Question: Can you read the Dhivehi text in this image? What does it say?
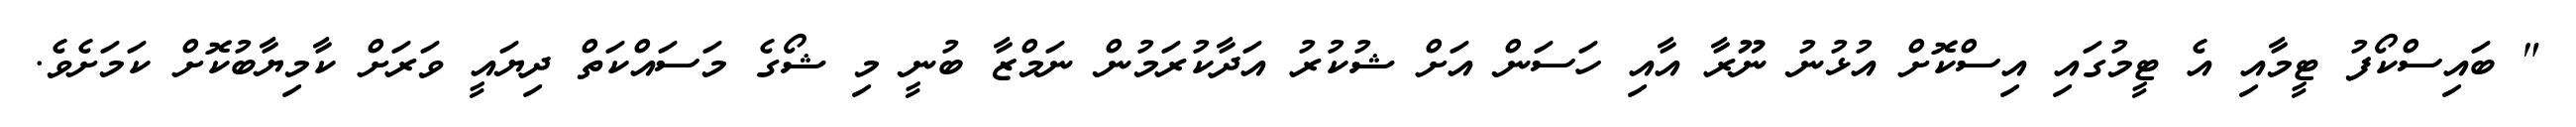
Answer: " ބައިސްކޯފު ޓީމާއި އެ ޓީމުގައި އިސްކޮށް އުޅުނު ނޫރާ އާއި ހަސަން އަށް ޝުކުރު އަދާކުރަމުން ނަމްޒާ ބުނީ މި ޝޯގެ މަސައްކަތް ދިޔައީ ވަރަށް ކާމިޔާބުކޮށް ކަމަށެވެ.